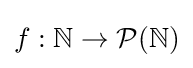
f:\mathbb {N} \to {\mathcal {P}}(\mathbb {N} )